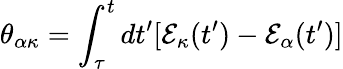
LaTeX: \theta_{\alpha\kappa}=\int_{\tau}^{t}dt^{\prime}[\mathcal{E}_{\kappa}(t^{\prime})-\mathcal{E}_{\alpha}(t^{\prime})]